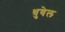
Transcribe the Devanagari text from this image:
धुवेल